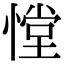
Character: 憆